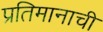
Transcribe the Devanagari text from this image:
प्रतिमानाची